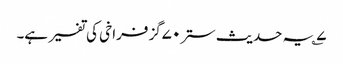
۷؎ یہ حدیث ستر۷۰گز فراخی کی تفسیر ہے۔